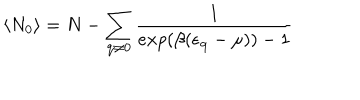
\langle N _ { 0 } \rangle = N - \sum _ { { \bf { q } } \neq 0 } \frac { 1 } { e x p ( \beta ( \epsilon _ { { \bf { q } } } - \mu ) ) - 1 }